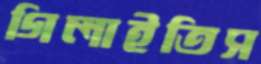
গিলাইতিস